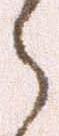
之